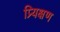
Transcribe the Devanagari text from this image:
प्र्यिक्षण